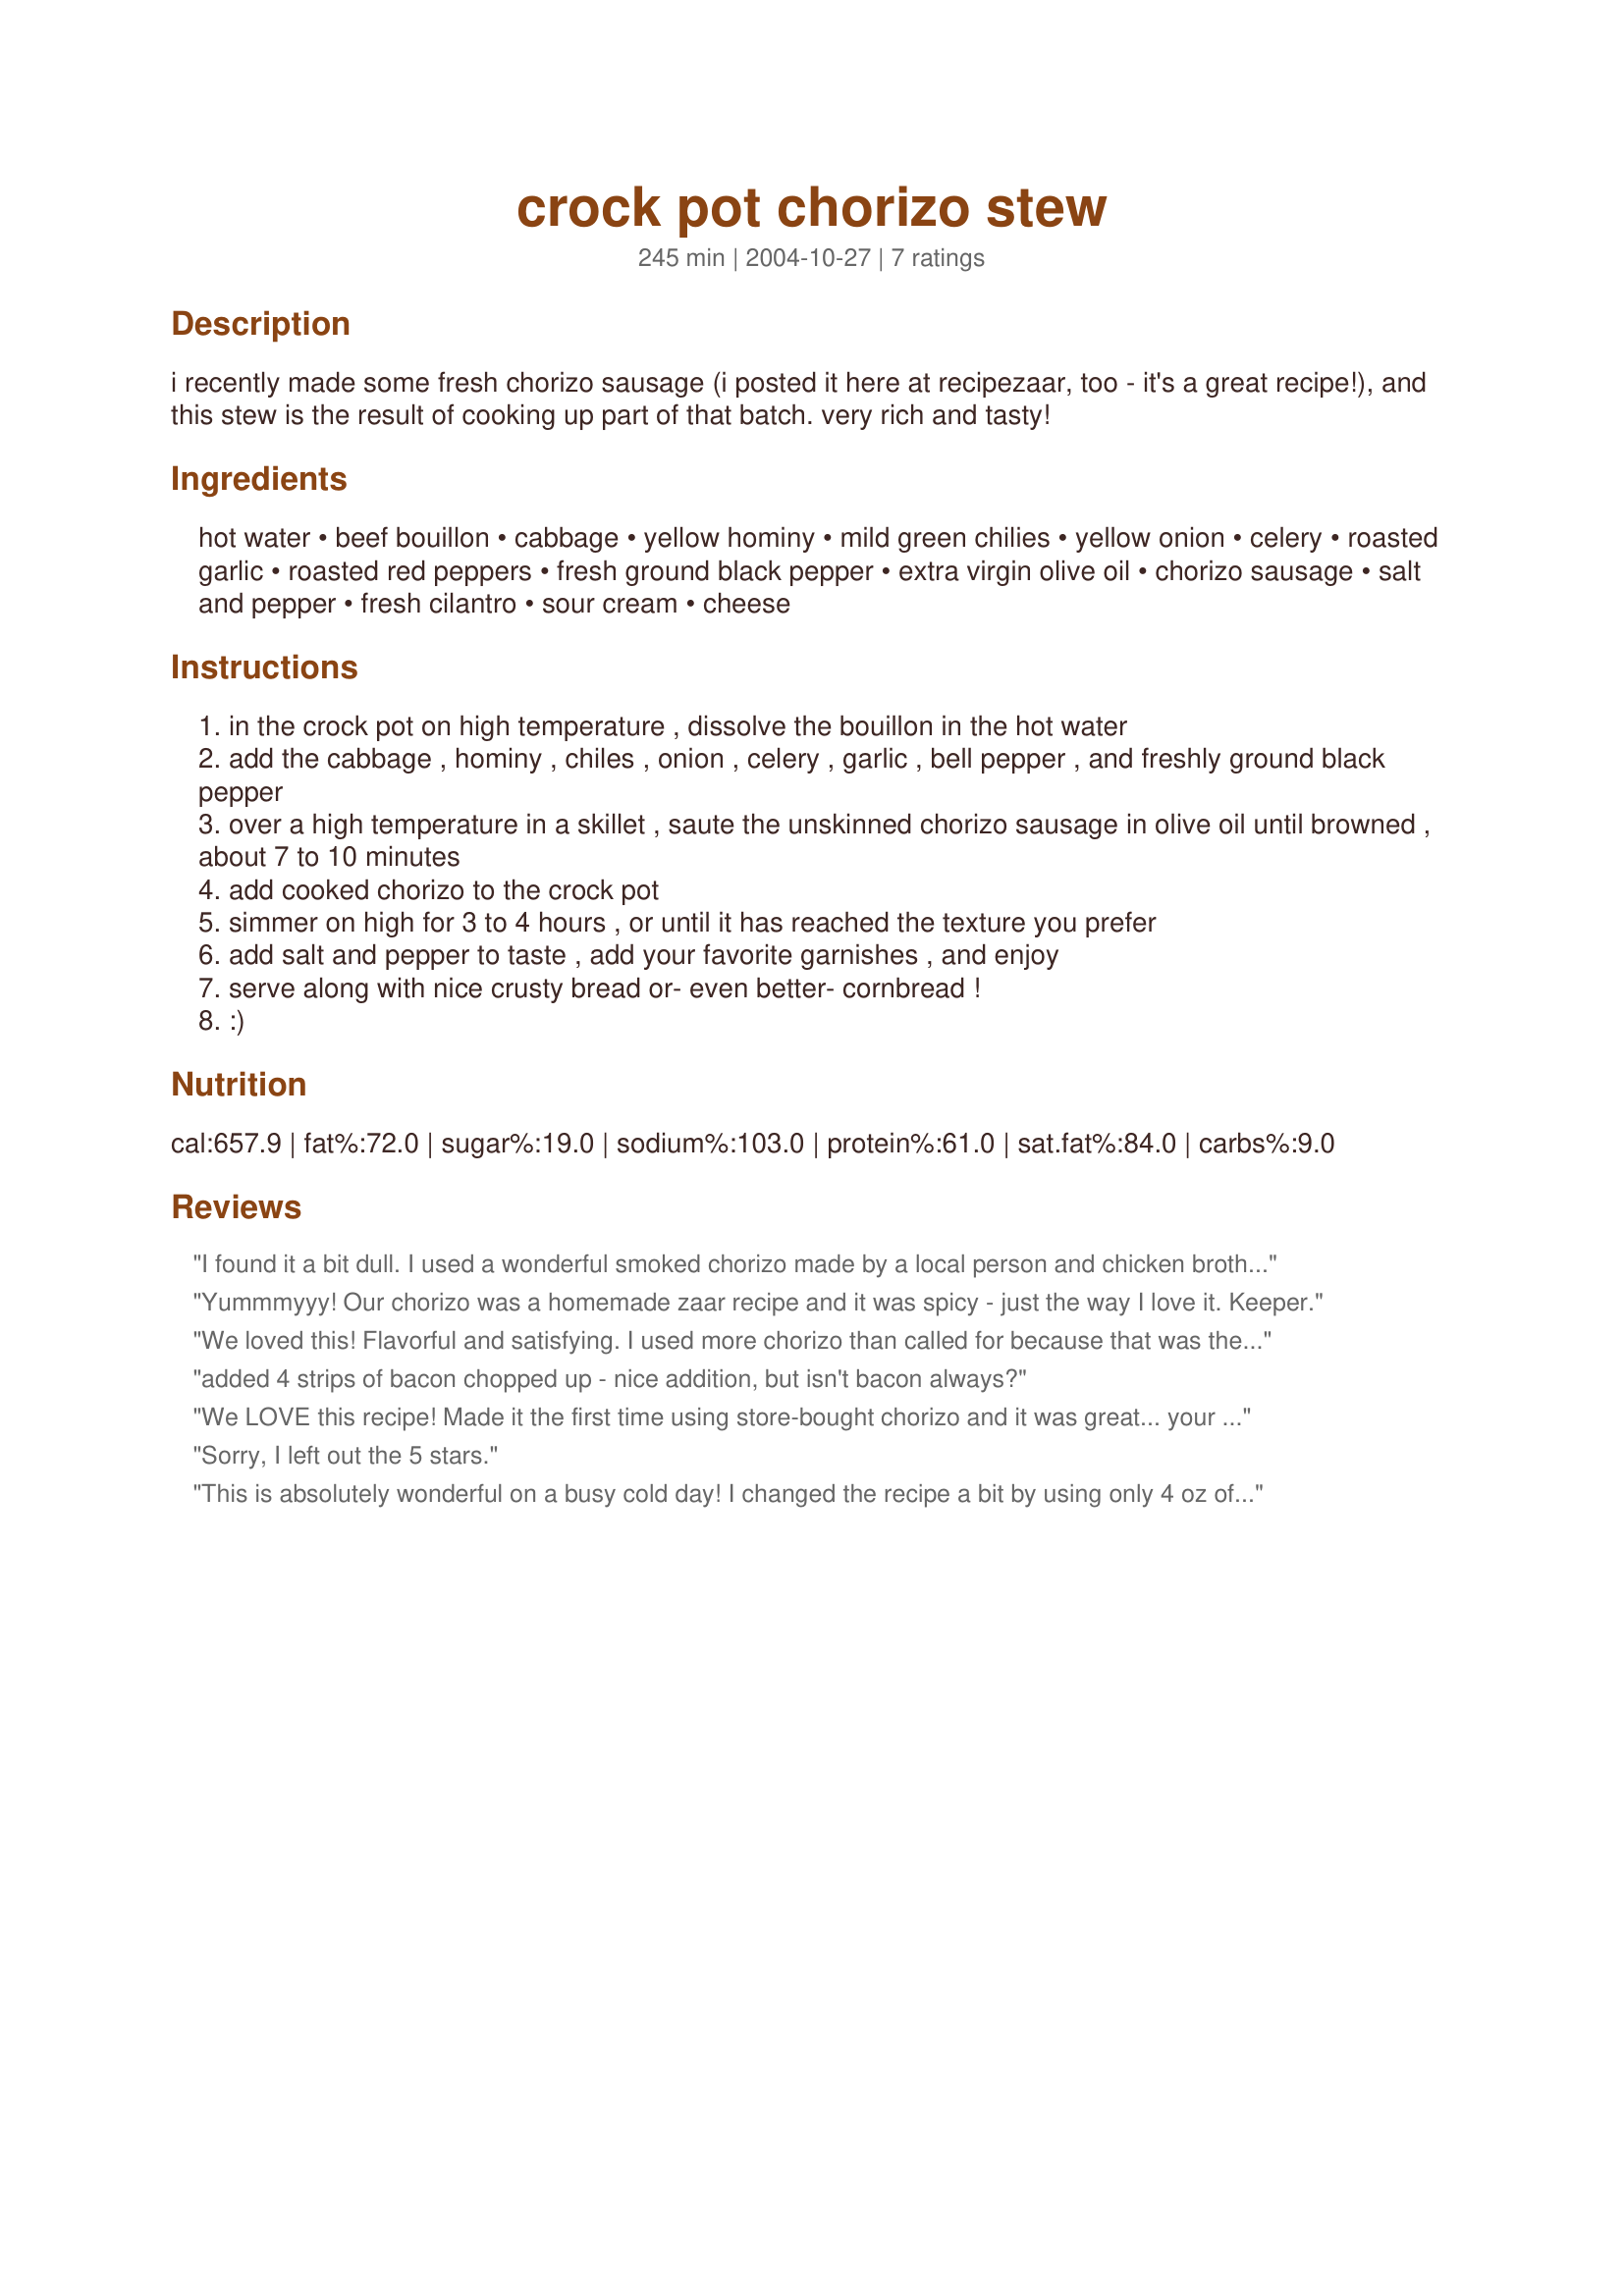
crock pot chorizo stew
Preparation time: 245 minutes

i recently made some fresh chorizo sausage (i posted it here at recipezaar, too - it's a great recipe!), and this stew is the result of cooking up part of that batch. very rich and tasty!

Ingredients:
hot water, beef bouillon, cabbage, yellow hominy, mild green chilies, yellow onion, celery, roasted garlic, roasted red peppers, fresh ground black pepper, extra virgin olive oil, chorizo sausage, salt and pepper, fresh cilantro, sour cream, cheese

Steps:
in the crock pot on high temperature , dissolve the bouillon in the hot water
add the cabbage , hominy , chiles , onion , celery , garlic , bell pepper , and freshly ground black pepper
over a high temperature in a skillet , saute the unskinned chorizo sausage in olive oil until browned , about 7 to 10 minutes
add cooked chorizo to the crock pot
simmer on high for 3 to 4 hours , or until it has reached the texture you prefer
add salt and pepper to taste , add your favorite garnishes , and enjoy
serve along with nice crusty bread or- even better- cornbread !
:)

Reviews:
I found it a bit dull. I used a wonderful smoked chorizo made by a local person and chicken broth instead of the beef bouillon. I cooked it for 3 hours.

The ingrediants said to use chorizo "removed from the skin," but the recipe said to saute the "unskinned chorizo" I am not sure when I was supposed to remove them from the skin, so I did it when I sauted.

Perhaps the beef bouillon was mandatory. Also, I am going to guess that cooking it longer might help.
Yummmyyy! Our chorizo was a homemade zaar recipe and it was spicy - just the way I love it. Keeper.
We loved this! Flavorful and satisfying. I used more chorizo than called for because that was the size package it came in...ditto for the hominy, the store only had larger cans. I'd make it exactly the same way next time.
added 4 strips of bacon chopped up - nice addition, but isn't bacon always?
We LOVE this recipe! Made it the first time using store-bought chorizo and it was great... your recipe for homemade chorizo made it even better! We used fresh pork and ground it ourselves. Thanks!
Sorry, I left out the 5 stars.
This is absolutely wonderful on a busy cold day! I changed the recipe a bit by using only 4 oz of green chiles and 14 oz of chorizo sausage and 1/2 pkg of Jimmy Dean Sausage I needed to use up. I also cooked this on low for 8 1/2 hours instead of on high as indicated in the recipe. Thanks for sharing! We will be having this again soon.
